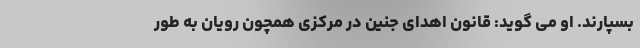
بسپارند. او می گوید: قانون اهدای جنین در مرکزی همچون رویان به طور